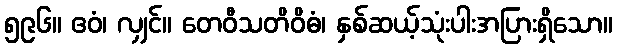
၅၉၆။ ဧဝံ၊ လျှင်။ တေဝီသတိဝိဓံ၊ နှစ်ဆယ့်သုံးပါးအပြားရှိသော။